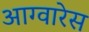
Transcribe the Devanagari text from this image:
आग्वारेस